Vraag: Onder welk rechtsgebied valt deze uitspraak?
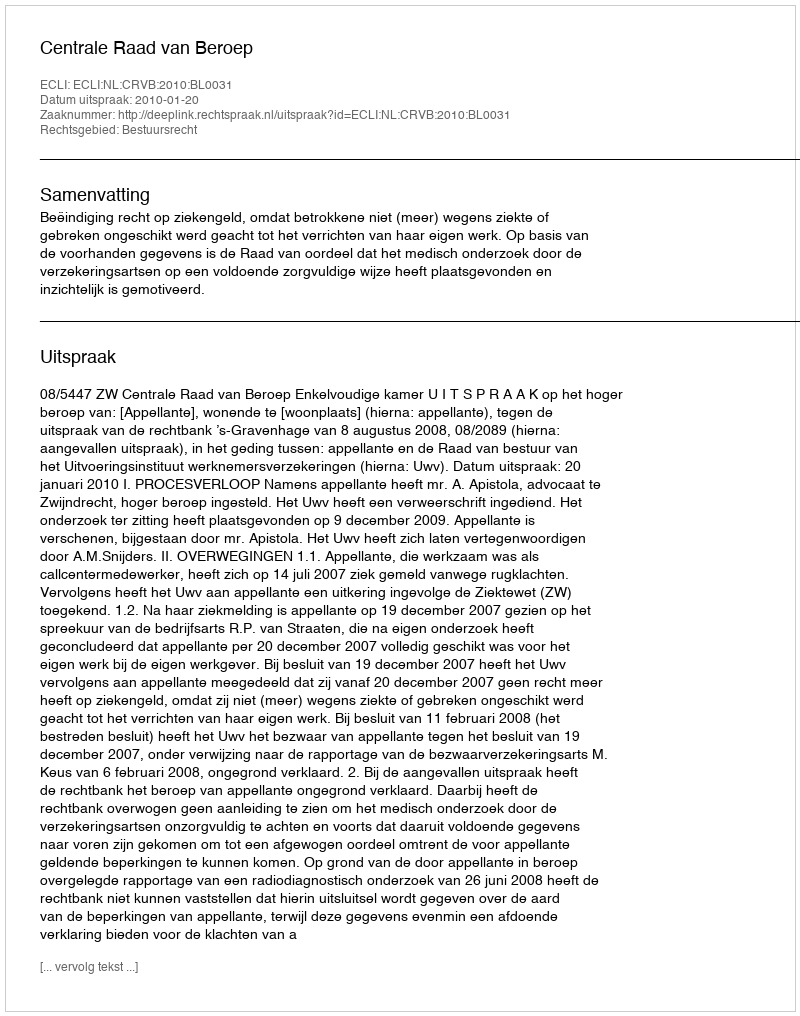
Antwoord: Bestuursrecht